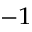
^ { - 1 }